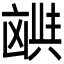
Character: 𫥪